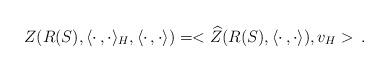
LaTeX: \begin{align*}Z(R(S),\langle\cdot\,,\cdot\rangle_H,\langle\cdot\,,\cdot\rangle)=<\widehat{Z}(R(S),\langle\cdot\,,\cdot\rangle),v_H>\,. \end{align*}